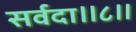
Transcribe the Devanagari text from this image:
सर्वदा॥८॥